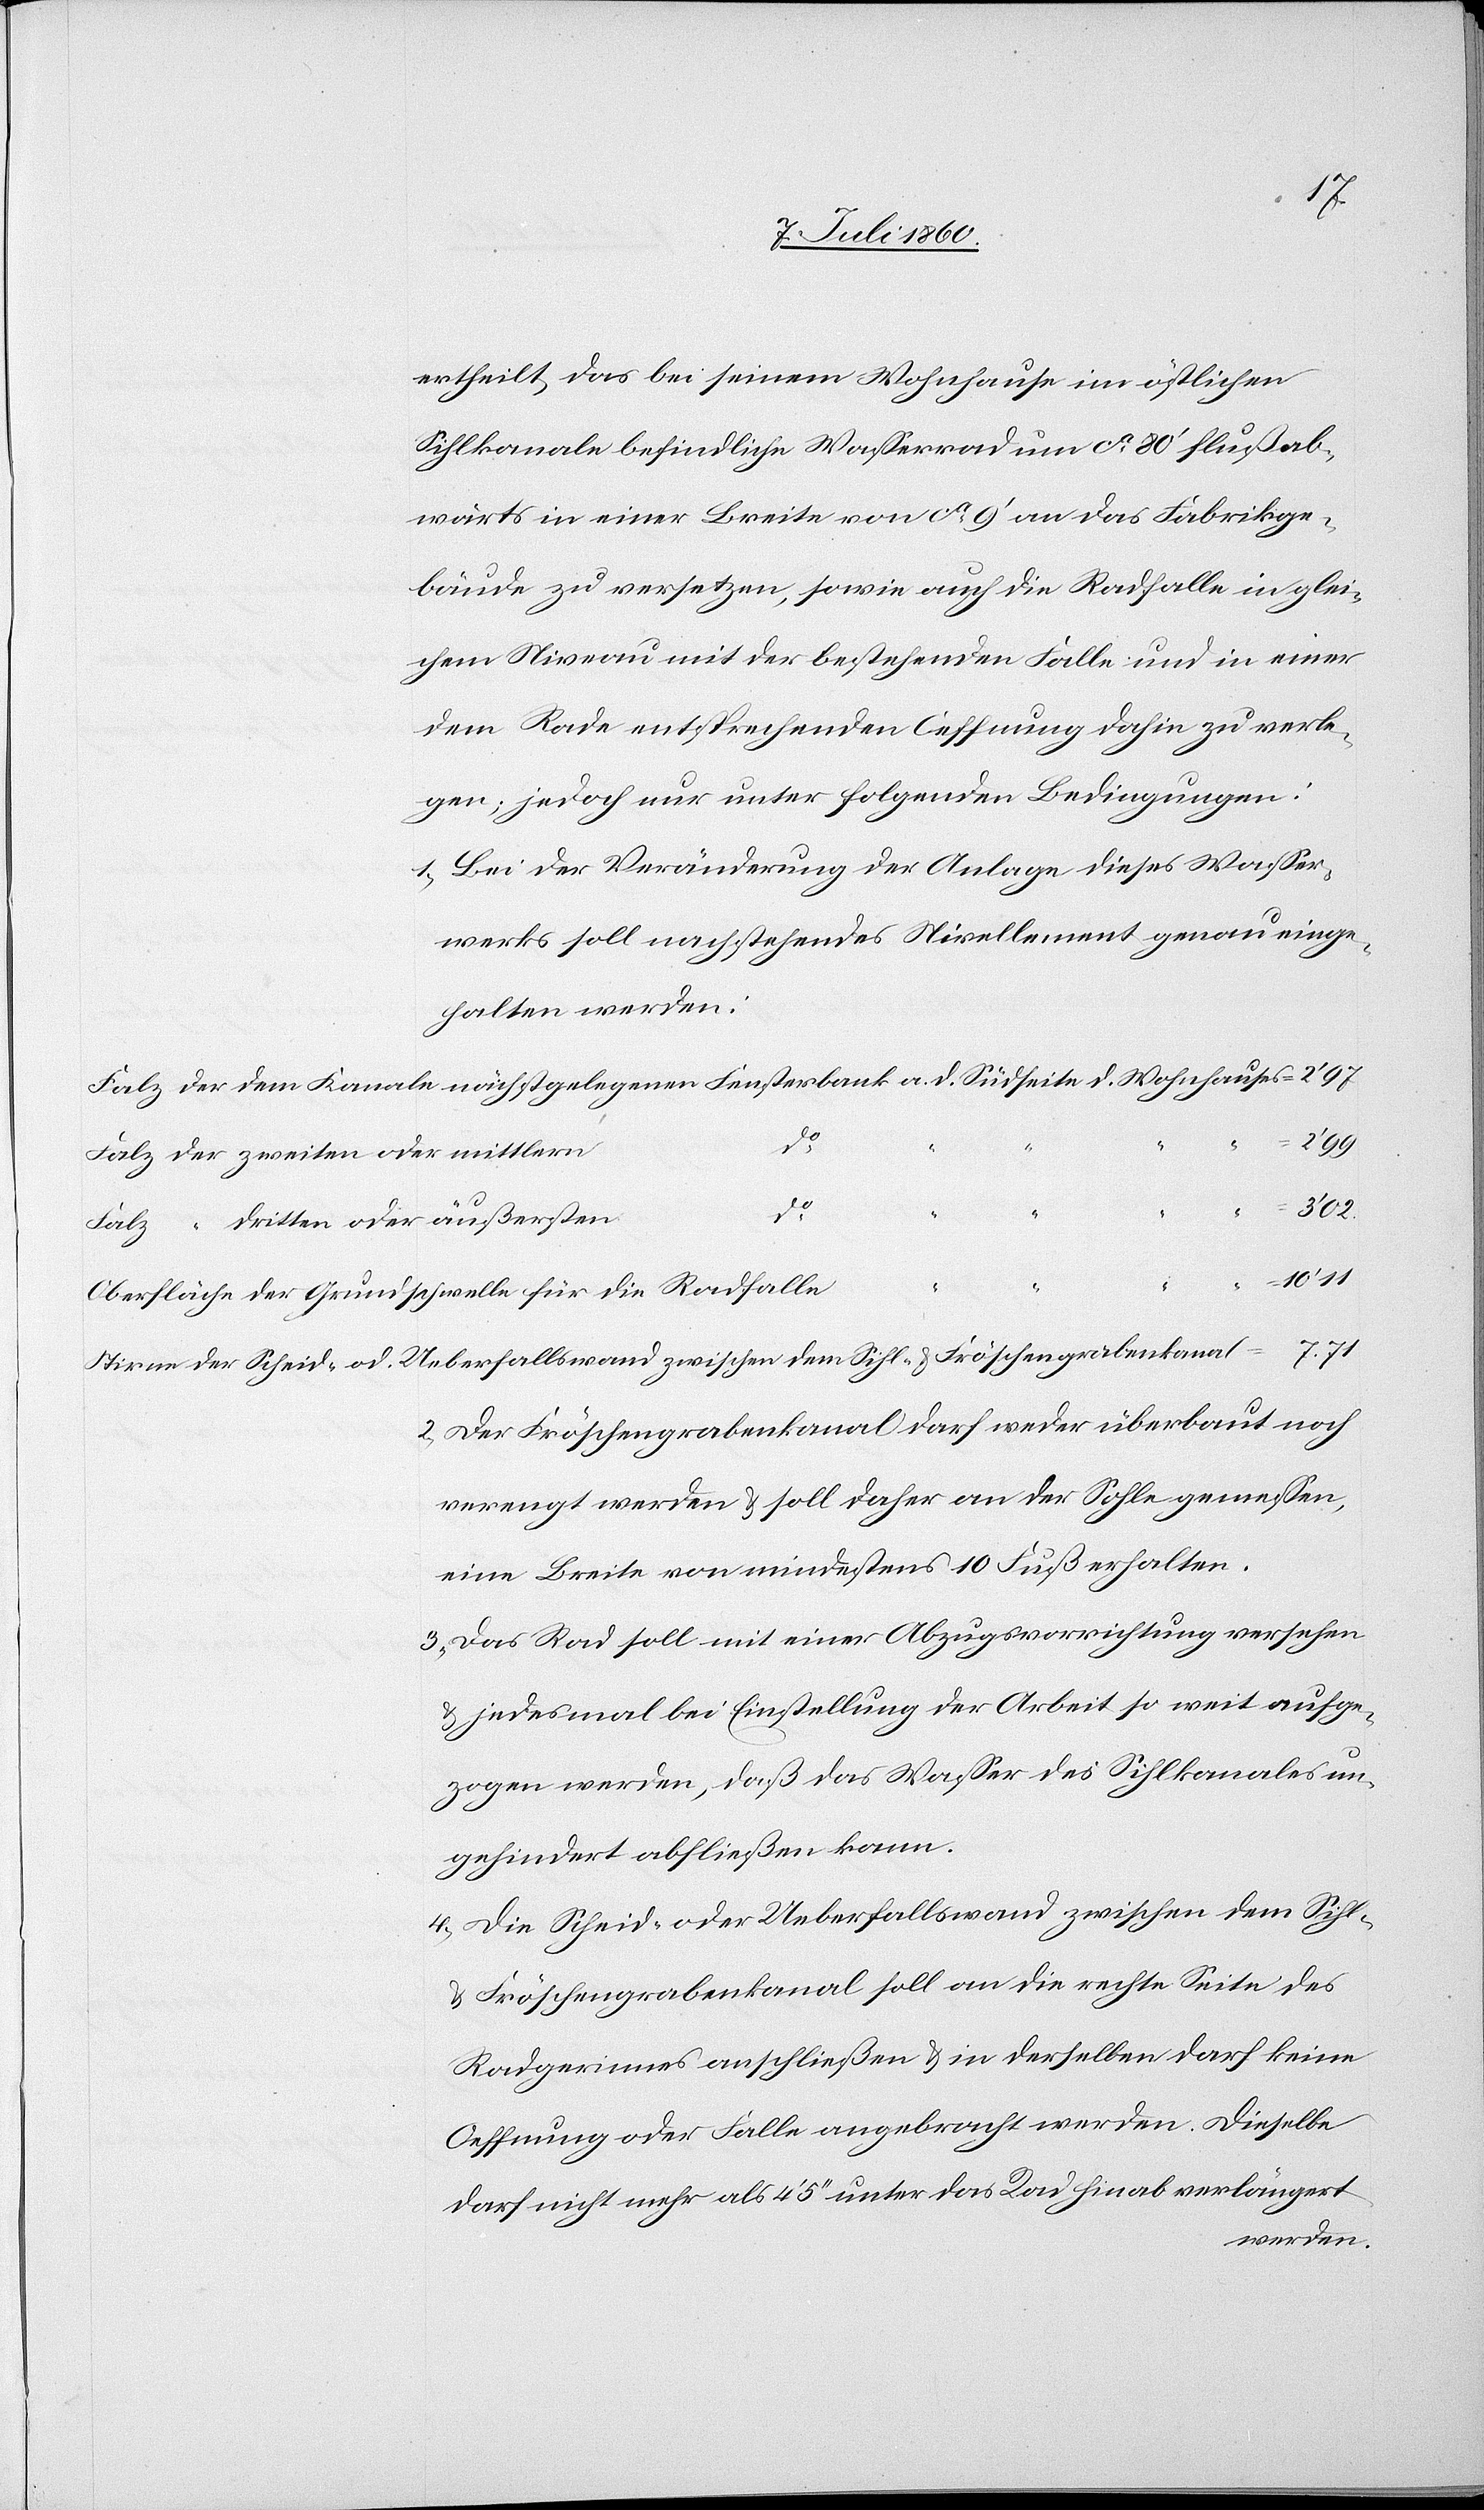
ertheilt, das bei seinem Wohnhause im östlichen
Sihlkanale befindliche Wasserrad und ca. 80’ flußab¬
wärts in einer Breite von ca. 9’ an das Fabrikge¬
bäude zu versetzen, sowie auch die Radfalle in glei¬
chem Niveau mit der bestehenden Falle und in einer
dem Rade entsprechenden Oeffnung dahin zu verle¬
gen; jedoch nur unter folgenden Bedingungen:
1. Bei der Veränderung der Anlage dieses Wasser¬
werks soll nachstehendes Nivellement genau einge¬
halten werden:
do.
Falz der zweiten oder mittlern
d.
Falz “ 3ten oder äußersten
7. 71
3’
02
Oberfläche der Grundschwelle für die Radfalle
Stirne der Scheid- od. Ueberfallswand zwischen dem Sihl- & Fröschengrabenskanal
2. Der Fröschengrabenkanal darf weder überbaut noch
verengt werden & soll daher an der Sohle gemessen,
eine Breite von mindestens 10 Fuß erhalten.
3. Das Rad soll mit einer Abzugsvorrichtung versehen
& jedesmal bei Einstellung der Arbeit so weit aufge¬
zogen werden, daß das Wasser des Sihlkanales un¬
gehindert abfließen kann.
4. Die Scheid- oder Ueberfallswand zwischen dem Sihl-
& Fröschengrabenkanal soll an die rechte Seite des
Radgerinnes anschließen & in derselben darf keine
Oeffnung oder Falle angebracht werden. Dieselbe
darf nicht mehr als 4’ 5’’ unter das Rad hinab verlängert
werden.